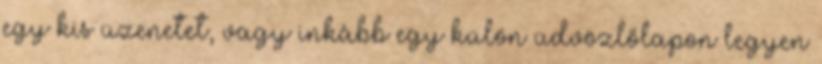
egy kis üzenetet, vagy inkább egy külön üdvözlőlapon legyen